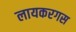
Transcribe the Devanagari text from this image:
लायकरगस